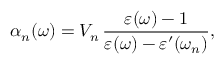
\alpha _ { n } ( \omega ) = V _ { n } \, \frac { \varepsilon ( \omega ) - 1 } { \varepsilon ( \omega ) - \varepsilon ^ { \prime } ( \omega _ { n } ) } ,